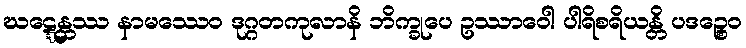
ဃဋ္ဋေန္တဿ နာမဿေဝ ဒုဂ္ဂတကုလာနိ ဘိက္ခုပေ ဥဿာဝေါ ပါရိစရိယန္တိ ပဒဉ္စေဝ